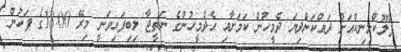
ފްލޫކްލިނިކްއަށް ދައްކަންދިޔަ ދެމީހުން ކަމަށާއި އެދެމީހުންގެ ނަތީޖާ ލިބިފައިވަނީ މިރޭ 18:00ގެ ފަހުން